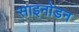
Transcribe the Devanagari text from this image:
साइनोडन